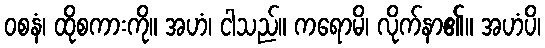
ဝစနံ၊ ထိုစကားကို။ အဟံ၊ ငါသည်။ ကရောမိ၊ လိုက်နာ၏။ အဟံပိ၊